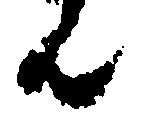
ん